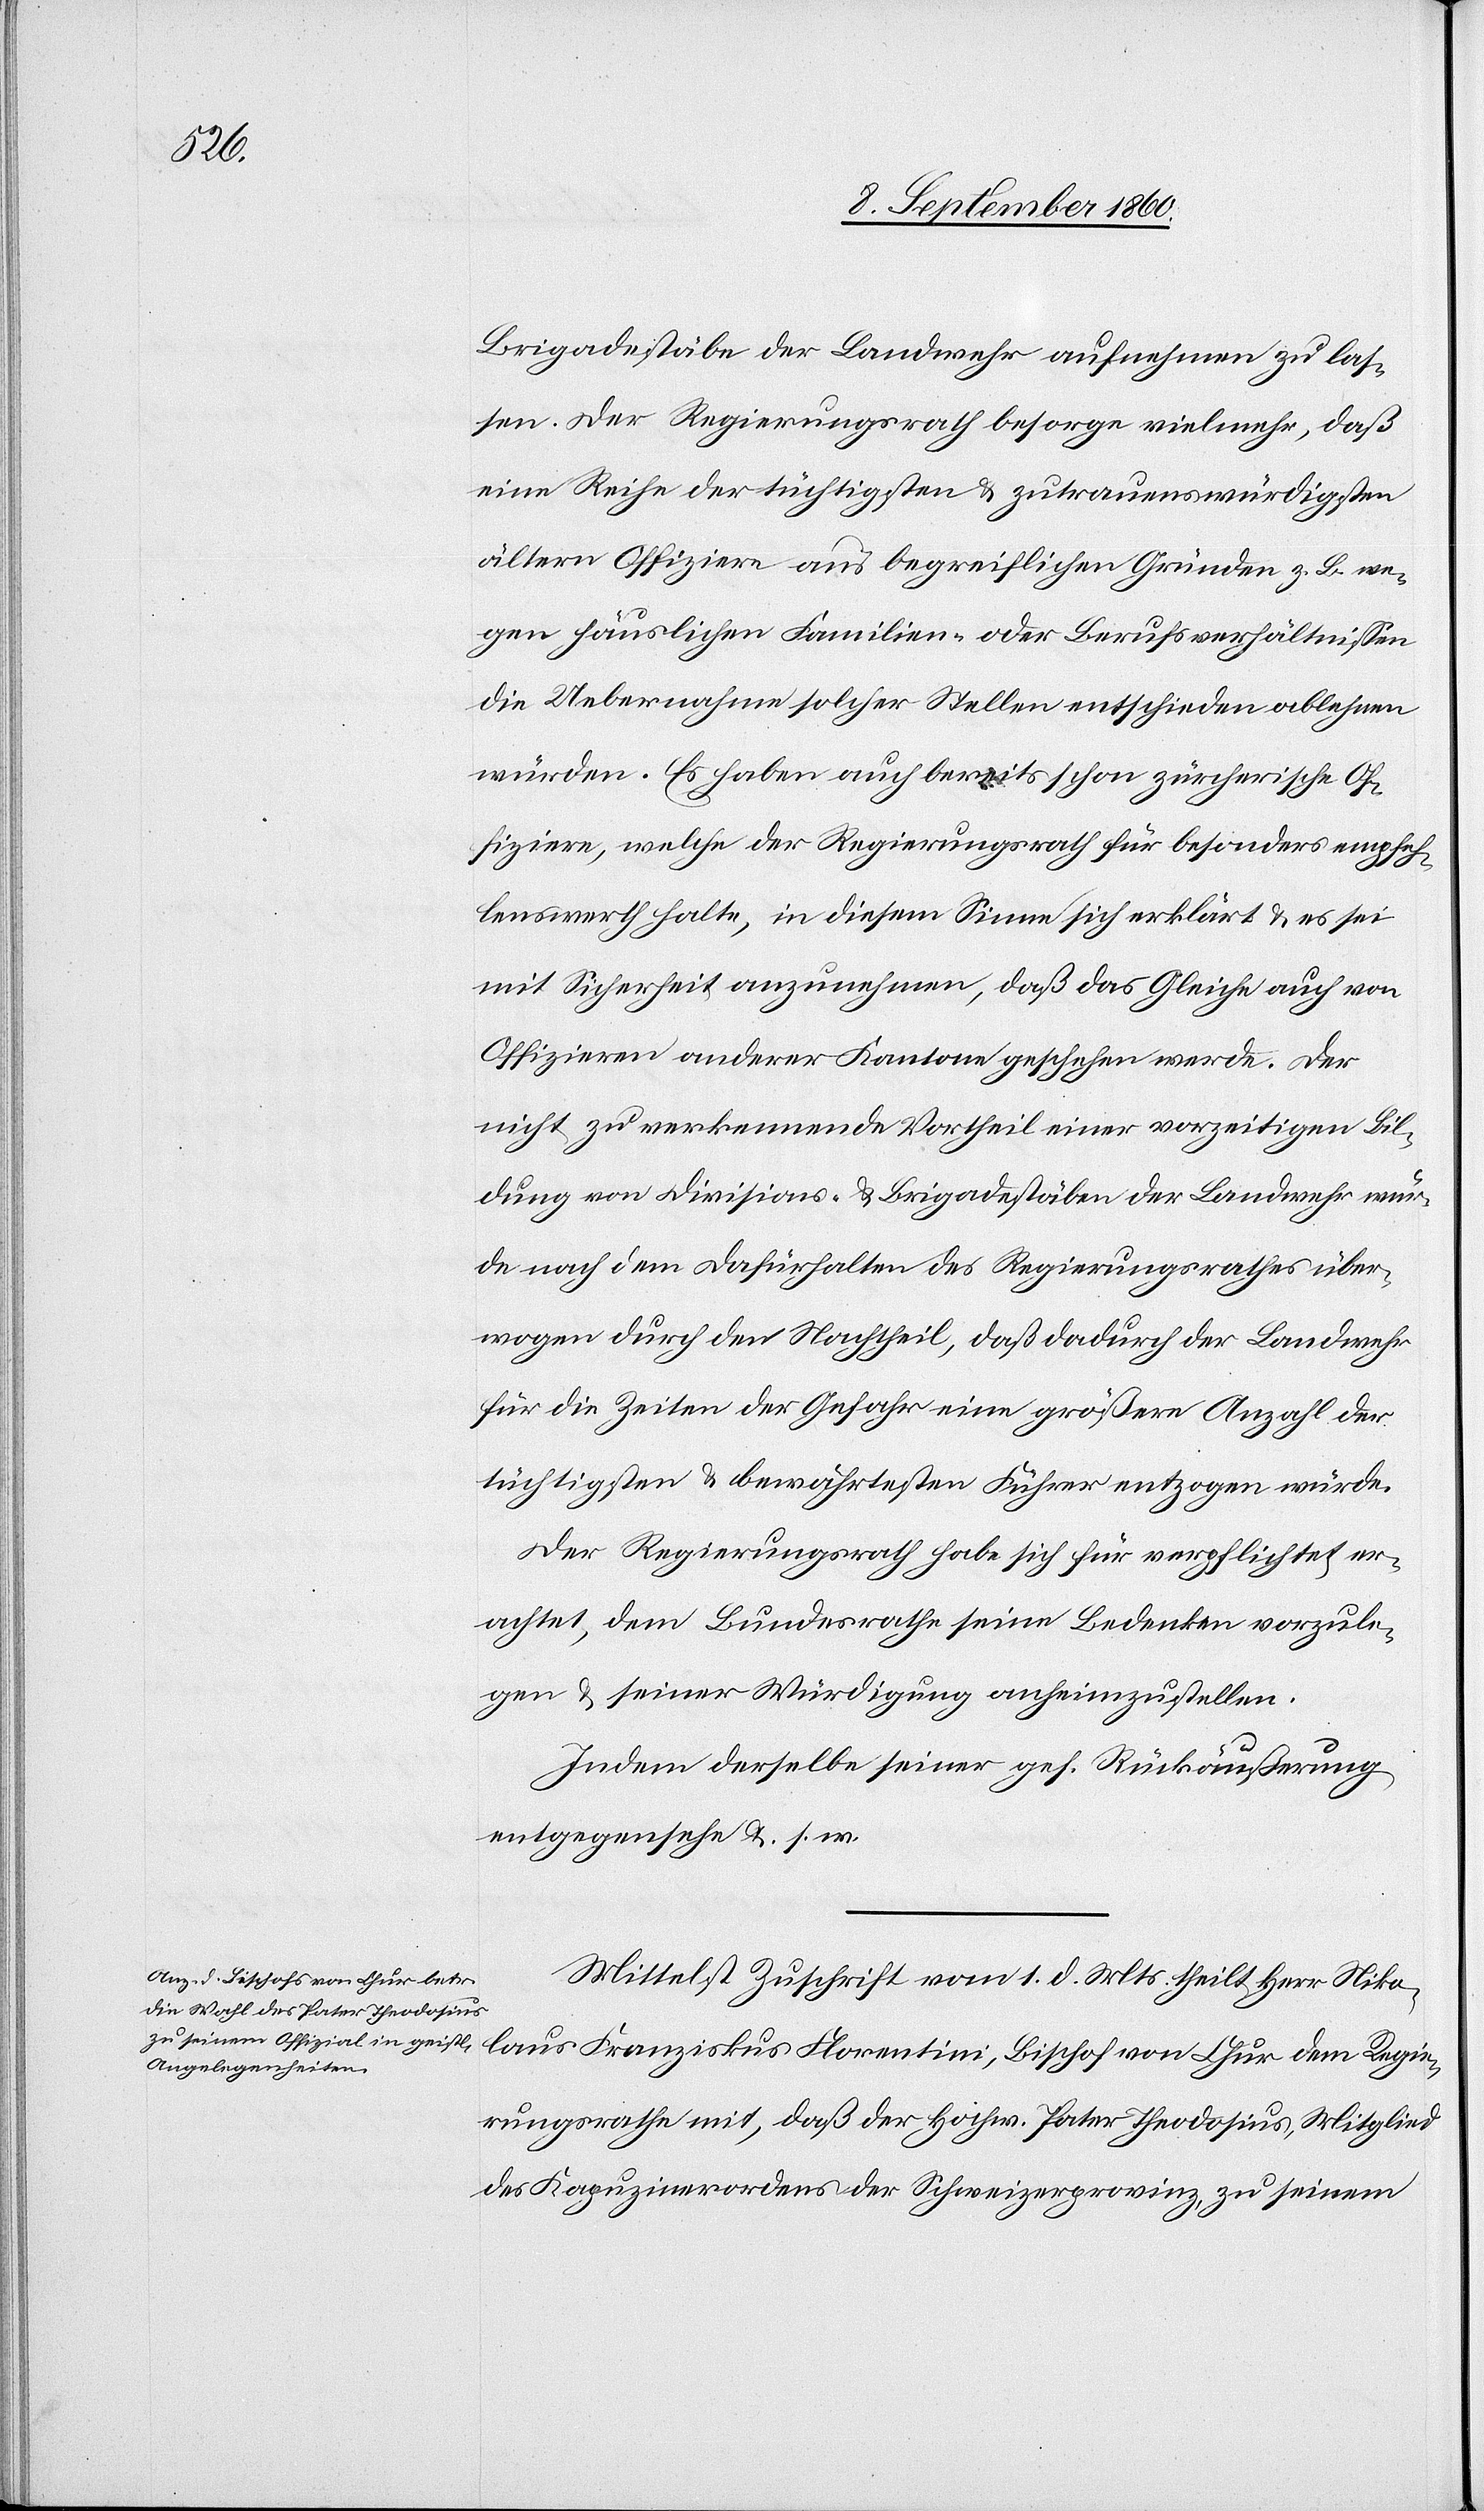
Brigadestäbe der Landwehr aufnehmen zu las¬
sen. Der Regierungsrath besorge vielmehr, dass
eine Reihe der tüchtigsten u. zutrauenswürdigsten
ältern Offiziere aus begreiflichen Gründen z. B. we¬
gen häuslichen Familien- oder Berufsverhältnissen
die Uebernahme solcher Stellen entschieden ablehnen
würden. Es haben auch bereits schon zürcherische Of¬
fiziere, welche der Regierungsrath für besonders empfeh¬
lenswerth halte, in diesem Sinne sich erklärt u. es sei
mit Mehrheit anzunehmen, dass das Gleiche auch von
Offizieren anderer Kantone geschehen werde. Der
nicht zu verkennende Vortheil einer vorzeitigen Bil¬
dung von Divisions- u. Brigadestäben der Landwehr wür¬
de nach dem dafürhalten des Regierungsrathes über¬
wogen durch den Nachtheil, dass dadurch der Landwehr
für Zeiten der Gefahr eine grössere Anzahl der
tüchtigsten u. bewährtesten Führer entzogen würde.
Der Regierungsrath habe sich für verpflichtet er¬
achtet, dem Bundesrath seine Bedenken vorzule¬
gen u. seiner Würdigung anheimzustellen.
Indem derselbe seiner gefälligen Rückäusserung
entgegensehe u. s.w.
Mittelst Zuschrift vom 1. d. Mts. theilt Herr Niko¬
laus Franziskus Florentin, Bischof von Chur dem Regie¬
rungsrathe mit, dass der Hochwürd. Pater Theodosius, Mitglied
des Kapuzinerordens der Schweizerprovinz, zu seinem